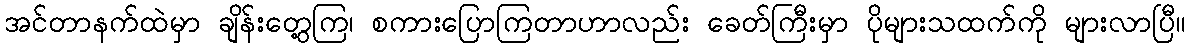
အင်တာနက်ထဲမှာ ချိန်းတွေ့ကြ၊ စကားပြောကြတာဟာလည်း ခေတ်ကြီးမှာ ပိုများသထက်ကို များလာပြီ။